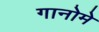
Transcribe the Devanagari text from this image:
गानोमे